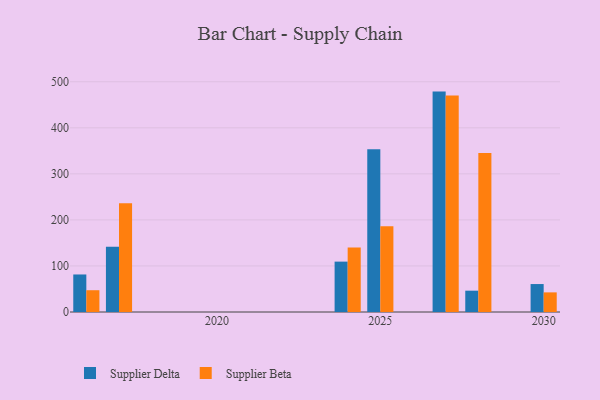
{"axis": {"x": "Year", "y": "Budget (USD K)"}, "legend": ["Supplier Beta", "Supplier Delta"], "data": [{"x": "2027", "y": 478.6, "type": "Supplier Delta"}, {"x": "2027", "y": 470.0, "type": "Supplier Beta"}, {"x": "2024", "y": 109.4, "type": "Supplier Delta"}, {"x": "2024", "y": 139.9, "type": "Supplier Beta"}, {"x": "2017", "y": 141.6, "type": "Supplier Delta"}, {"x": "2017", "y": 235.9, "type": "Supplier Beta"}, {"x": "2016", "y": 81.5, "type": "Supplier Delta"}, {"x": "2016", "y": 47.3, "type": "Supplier Beta"}, {"x": "2025", "y": 353.6, "type": "Supplier Delta"}, {"x": "2025", "y": 186.0, "type": "Supplier Beta"}, {"x": "2030", "y": 60.7, "type": "Supplier Delta"}, {"x": "2030", "y": 42.6, "type": "Supplier Beta"}, {"x": "2028", "y": 46.3, "type": "Supplier Delta"}, {"x": "2028", "y": 345.4, "type": "Supplier Beta"}]}